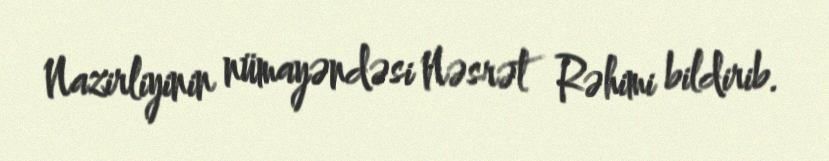
Nazirliyinin nümayəndəsi Nəsrət Rəhimi bildirib.